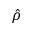
\hat { \rho }